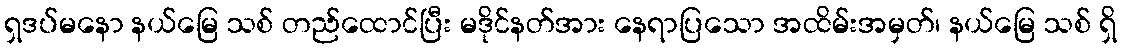
ရှဒပ်မနော နယ်မြေ သစ် တည်ထောင်ပြီး မဒိုင်နတ်အား နေရာပြသော အထိမ်းအမှတ်၊ နယ်မြေ သစ် ရှိ